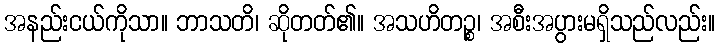
အနည်းငယ်ကိုသာ။ ဘာသတိ၊ ဆိုတတ်၏။ အသဟိတဉ္စ၊ အစီးအပွားမရှိသည်လည်း။